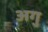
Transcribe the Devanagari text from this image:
अगु